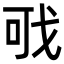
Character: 𢦪